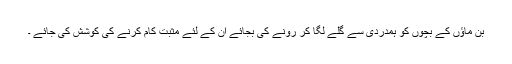
بن ماؤں کے بچوں کو ہمدردی سے گلے لگا کر رونے کی بجائے ان کے لئے مثبت کام کرنے کی کوشش کی جائے ۔